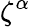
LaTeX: \zeta^{\alpha}